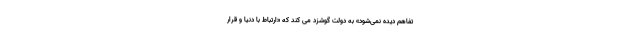
تفاهم دیده نمی‌شود» به دولت گوشزد می کند که «ارتباط با دنیا و قرار